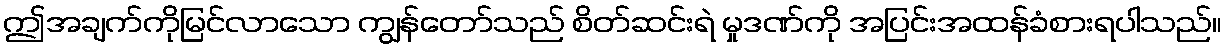
ဤအချက်ကိုမြင်လာသော ကျွန်တော်သည် စိတ်ဆင်းရဲ မှုဒဏ်ကို အပြင်းအထန်ခံစားရပါသည်။